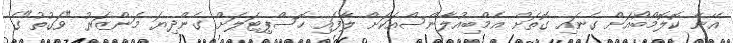
އޭނާ ކޮލޮމްބޯއަށް ގެނައި ގޮތަށް އެމްބިއުލާންސްއަކަށް ލާފައި ހޮސްޕިޓަލަށް ގެންދިޔަ މަންޒަރު "ވަގުތު"ގެ